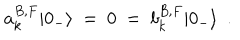
a _ { k } ^ { B , F } | 0 _ { - } \rangle ~ = ~ 0 ~ = ~ b _ { k } ^ { B , F } | 0 _ { - } \rangle ~ ~ .